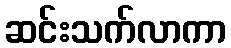
ဆင်းသက်လာကာ